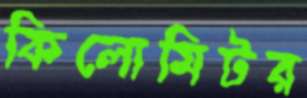
কিলোমিটর